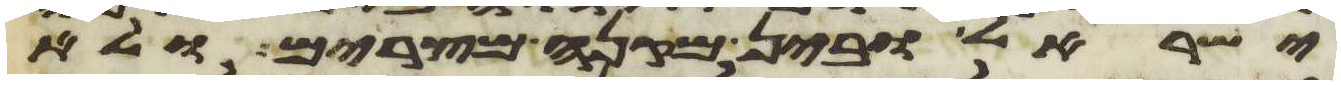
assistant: ישראל ובין מקנה מצרים ולא